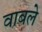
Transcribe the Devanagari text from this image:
वाबले